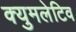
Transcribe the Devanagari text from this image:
क्युमलेटिव